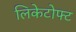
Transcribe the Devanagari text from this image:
लिकेटोफ्ट